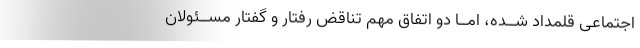
اجتماعی قلمداد شــده، امــا دو اتفاق مهم تناقض رفتار و گفتار مســئولان